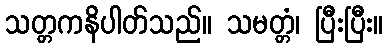
သတ္တကနိပါတ်သည်။ သမတ္တံ၊ ပြီးပြီး။